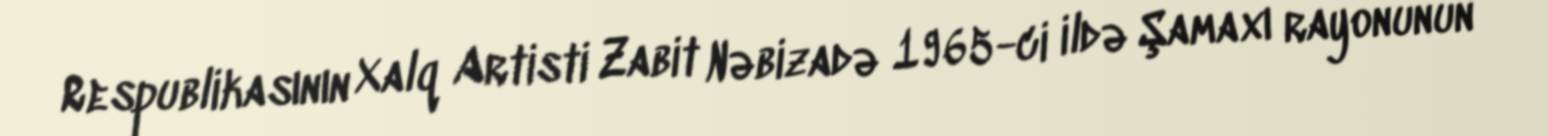
Respublikasının Xalq Artisti Zabit Nəbizadə 1965-ci ildə Şamaxı rayonunun